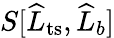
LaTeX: S[\widehat{L}_{\mathrm{ts}},\widehat{L}_{b}]